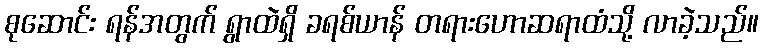
စုဆောင်း ရန်အတွက် ရွာထဲရှိ ခရစ်ယာန် တရားဟောဆရာထံသို့ လာခဲ့သည်။